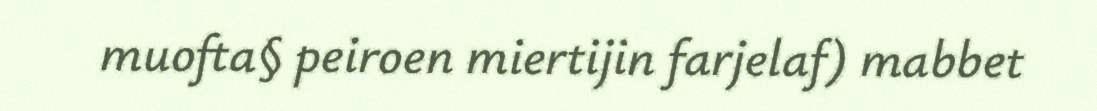
muofta§ peiroen miertijin farjelaf) mabbet